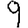
Digit: 9